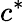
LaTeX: c^{*}